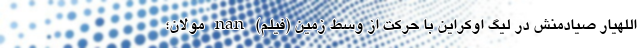
اللهیار صیادمنش در لیگ اوکراین با حرکت از وسط زمین (فیلم) nan مولان؛